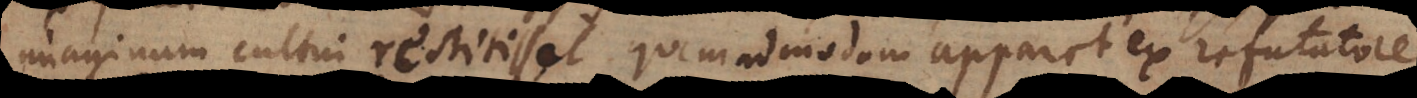
imaginum cultui restitisset quemadmodum apparet ex refutatore